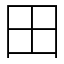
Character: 田